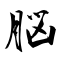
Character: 脳